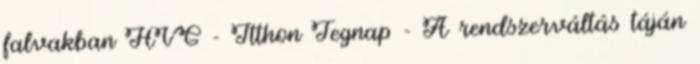
falvakban HVG - Itthon Tegnap - A rendszerváltás táján